Rangoon Lunatic Asylum 1898-1906 - 1898-1906
Year: 1898
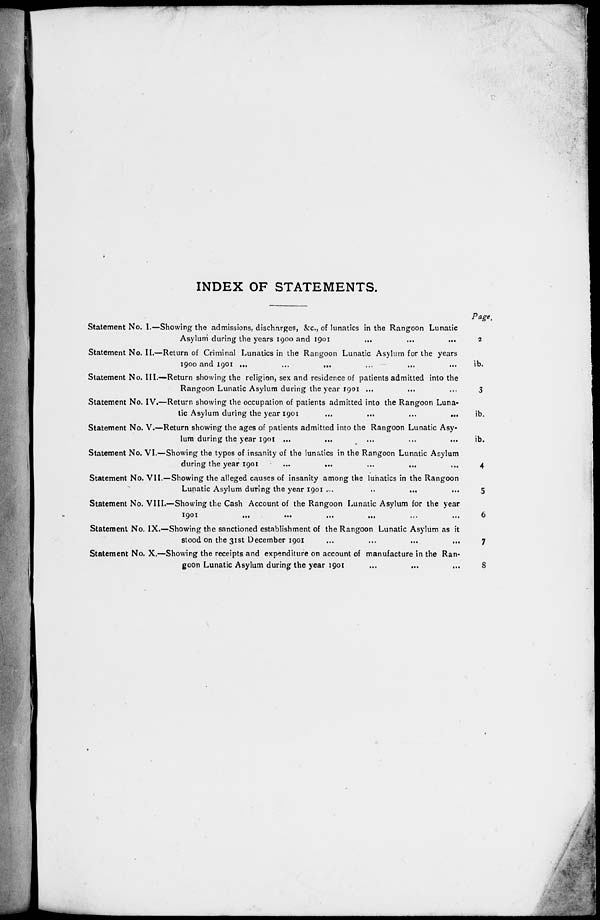
INDEX OF STATEMENTS.
Statement No. I.—Showing the admissions, discharges, &c., of lunatics in the Rangoon Lunatic
Asylum during the years 1900 and 1901 ... ... ...
Statement No. II.—Return of Criminal Lunatics in the Rangoon Lunatic Asylum for the years
1900 and 1901
...
...
...
...
...
...
Statement No. III.—Return showing the religion, sex and residence of patients admitted into the
Rangoon Lunatic Asylum during the year 1901 ... ... ...
Statement No. IV.—Return showing the occupation of patients admitted into the Rangoon Luna-
tic Asylum during the year 1901 ... ... ... ...
Statement No. V.—Return showing the ages of patients admitted into the Rangoon Lunatic Asy-
lum during the year 1901 ... ... ... ... ...
Statement No. VI.—Showing the types of insanity of the lunatics in the Rangoon Lunatic Asylum
during the year 1901
...
...
...
... ...
Statement No. VII.—Showing the alleged causes of insanity among the lunatics in the Rangoon
Lunatic Asylum during the year 1901 ... ... ... ...
Statement No. VIII.—Showing the Cash Account of the Rangoon Lunatic Asylum for the year
1901
...
...
...
...
...
...
Statement No. IX.—Showing the sanctioned establishment of the Rangoon Lunatic Asylum as it
stood on the 31st December 1901 ... ... ... ...
Statement No. X.—Showing the receipts and expenditure on account of manufacture in the Ran-
goon Lunatic Asylum during the year 1901
...
...
...
Page.
2
ib.
3
ib.
ib.
4
5
6
7
8